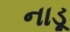
નાડૂ